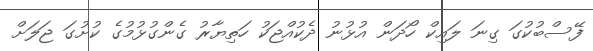
ފޭސްބުކުގަ ގިނަ ލައިކް ހޯދަން އުޅުނު ދެކުއްޖަކު ހަތިޔާރު ގެންގުޅުމުގެ ކުށުގަ ޖަލަށް